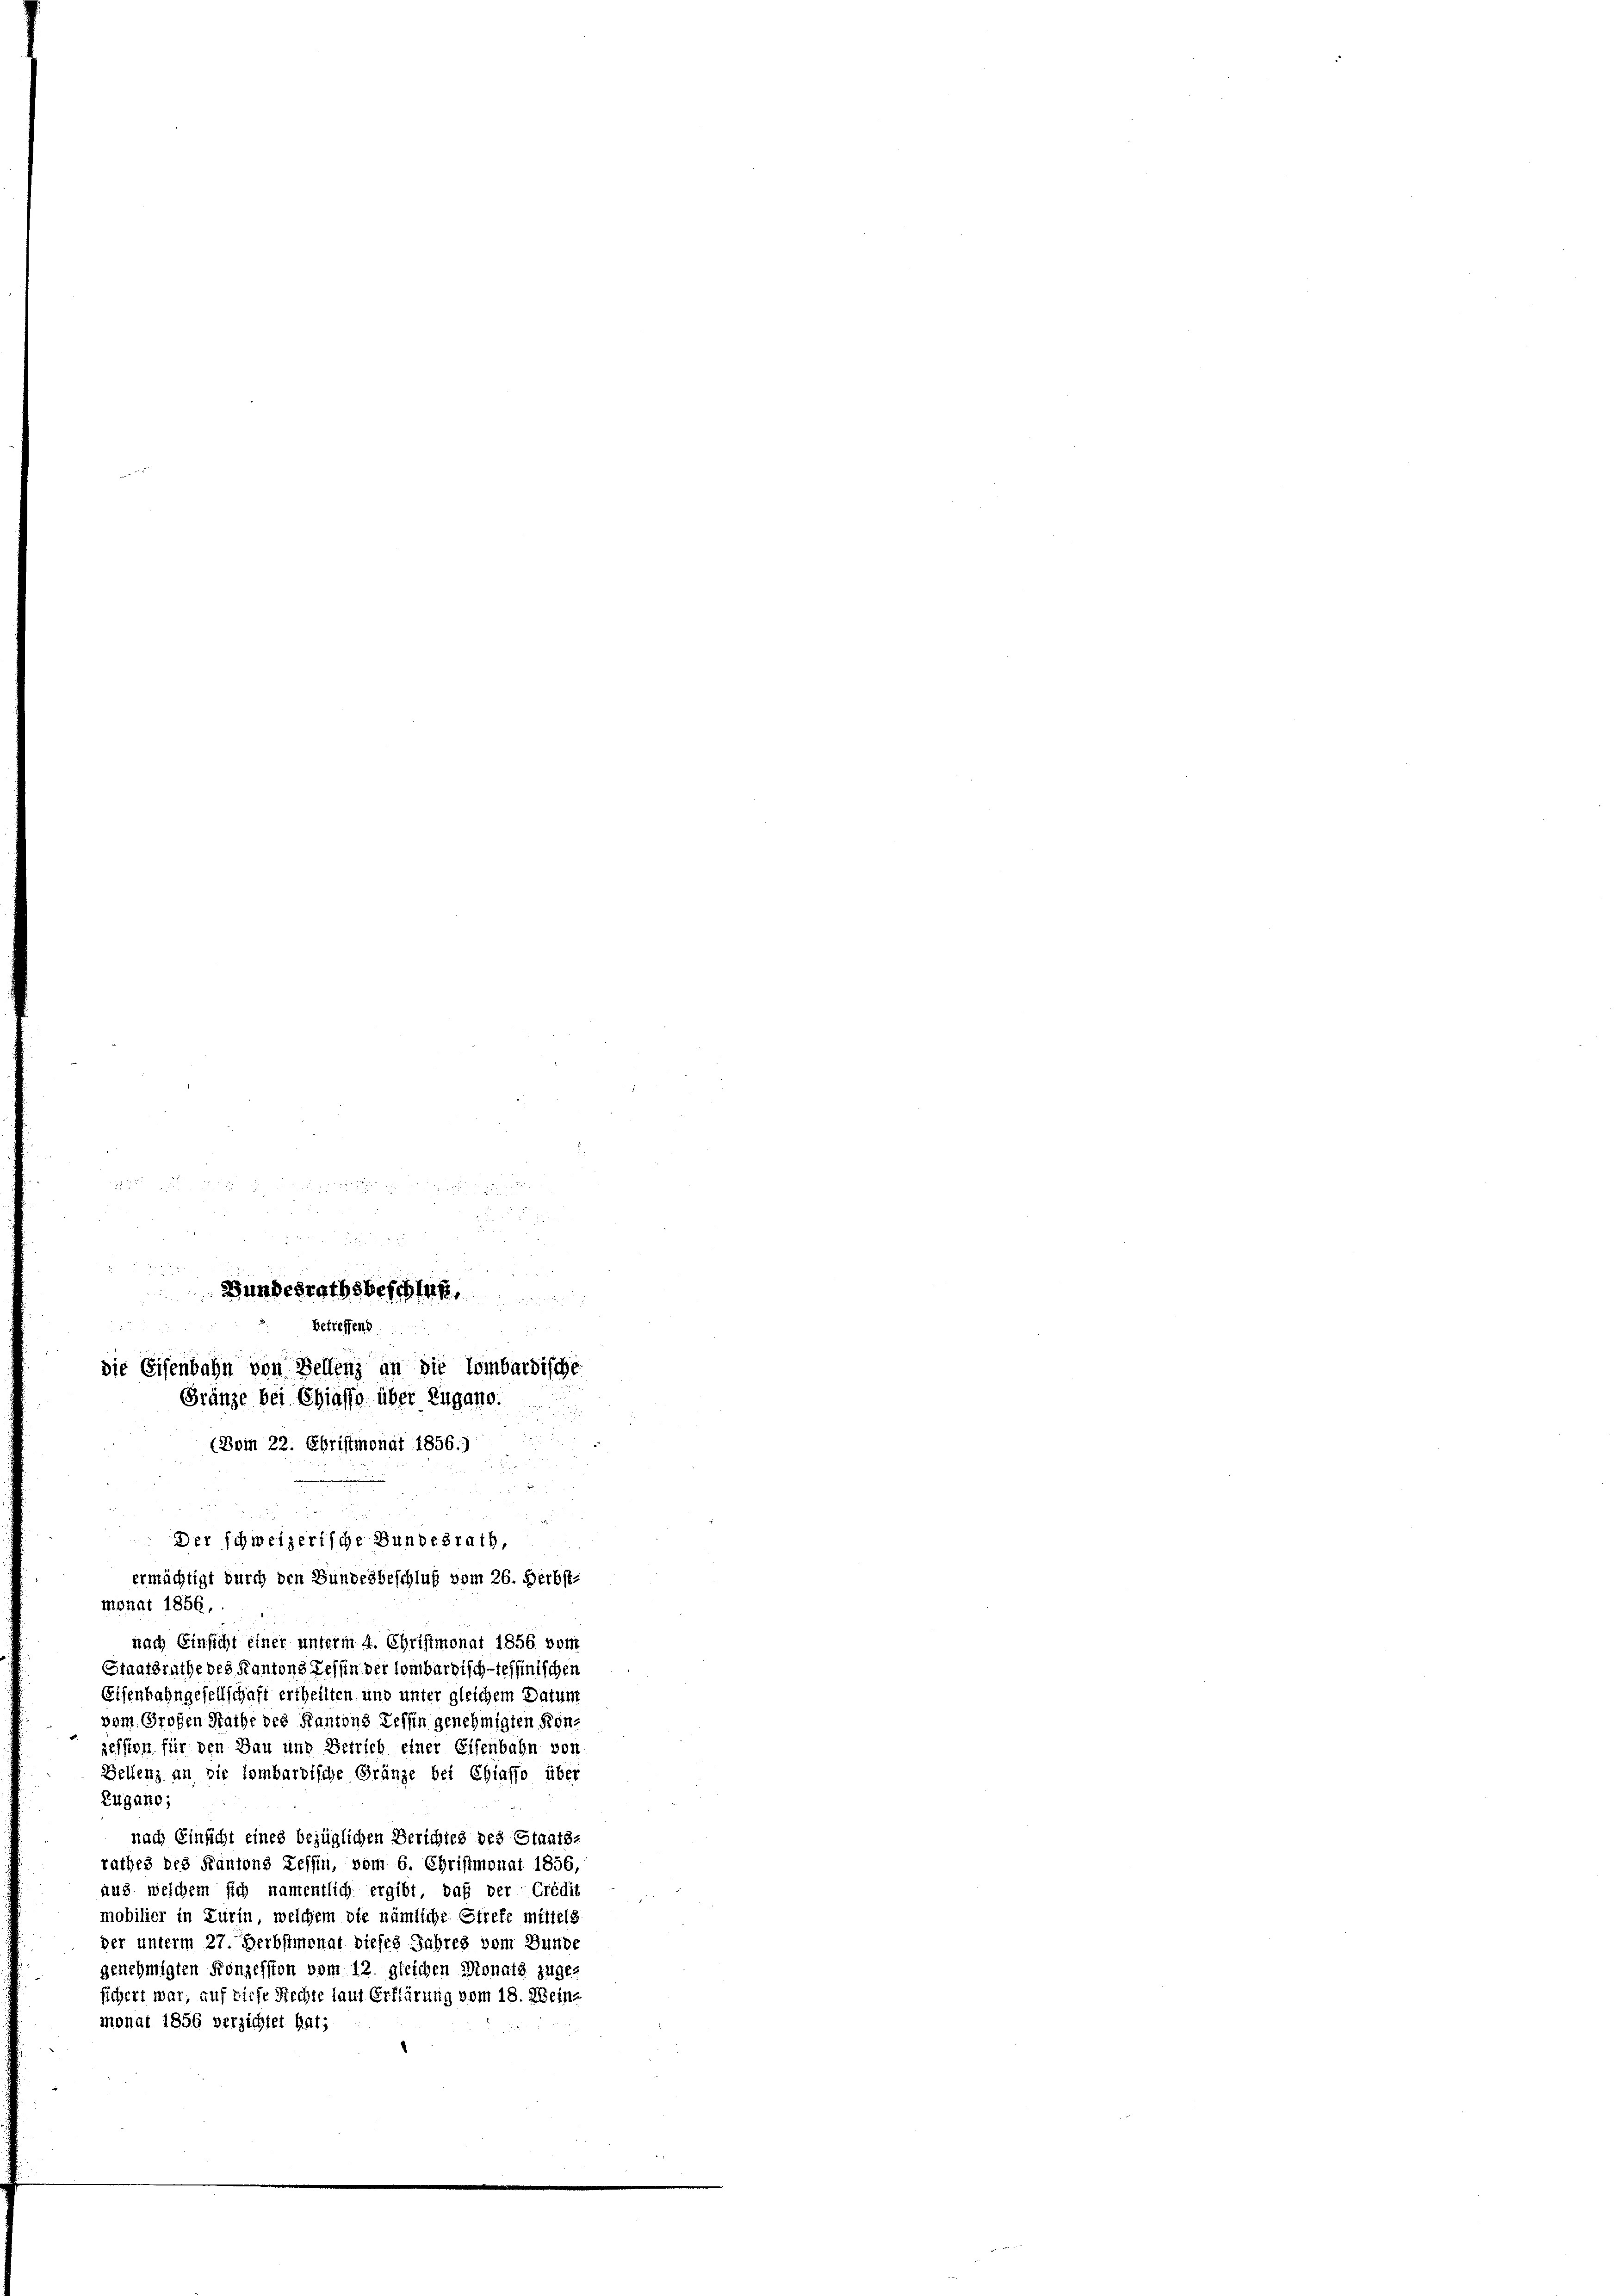
(Vom 22. Christmonat 1856.)

x

Bundesrathsbeschlaf
Betreffens
die Eisenbahn von Bellenz an die Lombardische
Gränze bei Chiasso über Zugano.

nach Einsicht einer unterm 4. Christmonat 1856 vom
Staatsrathe des Kantons Gesin der lombardisch-teffinischen
Eisenbahngesellschaft ertheilten und unter gleichem Datum
vom Großen Rathe des Kantons Tessin genehmigten Kon-
zession für den Bau und Betrieb einer Eisenbahn von
Bellenz an die lombardische Gränze bei Chiasso über
Zugano,
nach Einsicht eines bezüglichen Berichtes des Staats-
rathes des Kantons Tessin, vom 6. Christmonat 1856,
aus welchem sich namentlich ergibt, daß der Crédit
mobilier in Zurin, welchem die nämliche Streff mittels
ver unterm 27. Herbstmonat dieses Jahres vom Bunde
genehmigten Konzession vom 12. gleichen Monats zuge-
sichert war, auf diese Rechte laut Erklärung vom 18. Seine
monat 1856 verzichtet hat;

Der schweizerische Bundesrath,
ermächtigt durch den Bundesbeschluß vom 26. Herbst.
monat 1856,